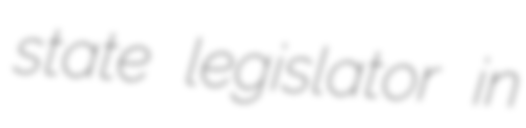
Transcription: state legislator in